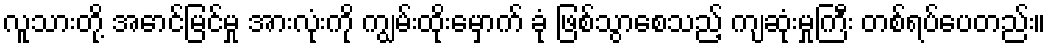
လူသားတို့ အောင်မြင်မှု အားလုံးကို ကျွမ်းထိုးမှောက် ခုံ ဖြစ်သွာစေသည့် ကျဆုံးမှုကြီး တစ်ရပ်ပေတည်း။